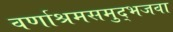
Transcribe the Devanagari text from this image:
वर्णाश्रमसमुद्भजवा